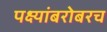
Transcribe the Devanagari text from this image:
पक्ष्यांबरोबरच